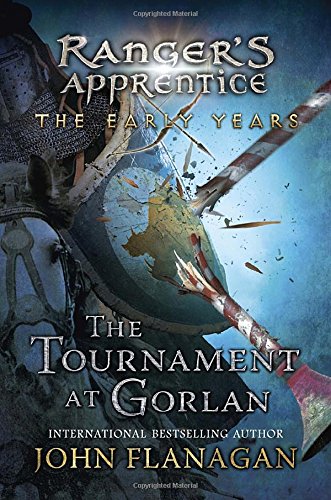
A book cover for The Tournament at Gorlan (Ranger's Apprentice: The Early Years); John A. Flanagan; Children's Books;